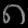
Digit: ၈